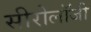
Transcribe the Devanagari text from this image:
सीरोलॉजी